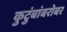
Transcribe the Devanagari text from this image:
कुटुंबांबरोबर